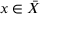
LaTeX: x \in { \bar { X } }